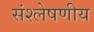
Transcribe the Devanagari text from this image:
संश्लेषणीय